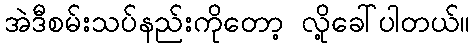
အဲဒီစမ်းသပ်နည်းကိုတော့ လို့ခေါ်ပါတယ်။